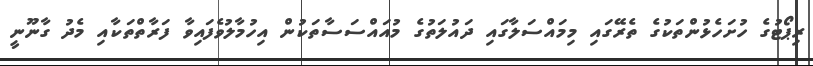
ރިޕޯޓުގެ ހުށަހެޅުންތަކުގެ ތެރޭގައި މިމައްސަލާގައި ދައުލަތުގެ މުއައްސަސާތަކުން އިހުމާލުވެފައިވާ ފަރާތްތަކާއި މެދު ގާނޫނީ